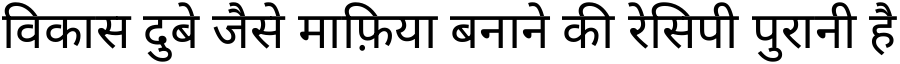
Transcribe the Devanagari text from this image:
विकास दुबे जैसे माफ़िया बनाने की रेसिपी पुरानी है